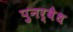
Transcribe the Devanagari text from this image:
पुनर्वैध